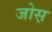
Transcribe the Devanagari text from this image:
जोस़